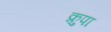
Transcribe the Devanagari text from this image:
क्रुपा